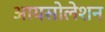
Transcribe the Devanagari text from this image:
आयसोलेशन